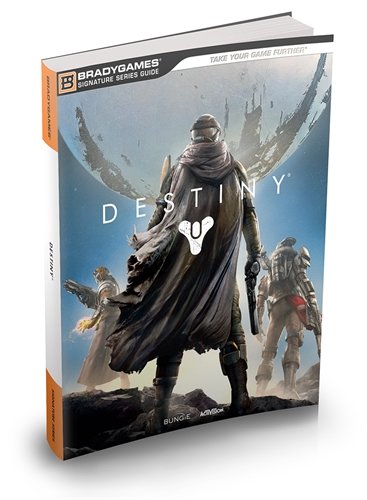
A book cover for Destiny Signature Series Strategy Guide; BradyGames; Humor & Entertainment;